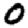
Digit: 0